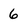
Character: 6